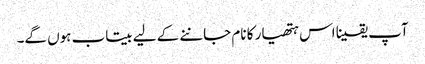
آپ یقینا اس ہتھیار کا نام جاننے کے لیے بیتاب ہوں گے۔